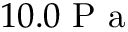
1 0 . 0 \mathrm { ~ P ~ a ~ }